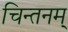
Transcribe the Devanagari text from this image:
चिन्तनम्